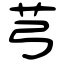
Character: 芎